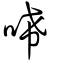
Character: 唏